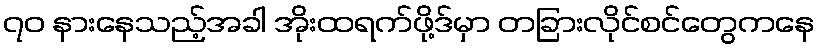
၇၀ နားနေသည့်အခါ အိုးထရက်ဖို့ဒ်မှာ တခြားလိုင်စင်တွေကနေ